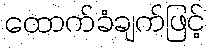
ထောက်ခံချက်ဖြင့်